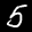
Label: 5